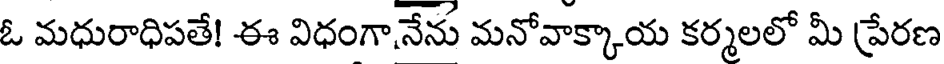
ఓ మధురాధిపతే! ఈ విధంగా,నేను మనోవాక్కాయ కర్మలలో మీ ప్రేరణ